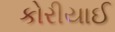
કોરીયાઈ